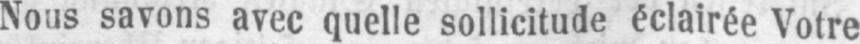
Nous savons avec quelle sollicitude éclairée Votre